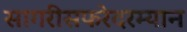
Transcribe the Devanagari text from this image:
सागरीसफरेदरम्यान